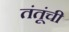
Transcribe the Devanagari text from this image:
तंतूंची